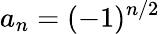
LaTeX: a_{n}=(-1)^{n/2}